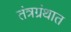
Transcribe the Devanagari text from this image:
तंत्रग्रंथात